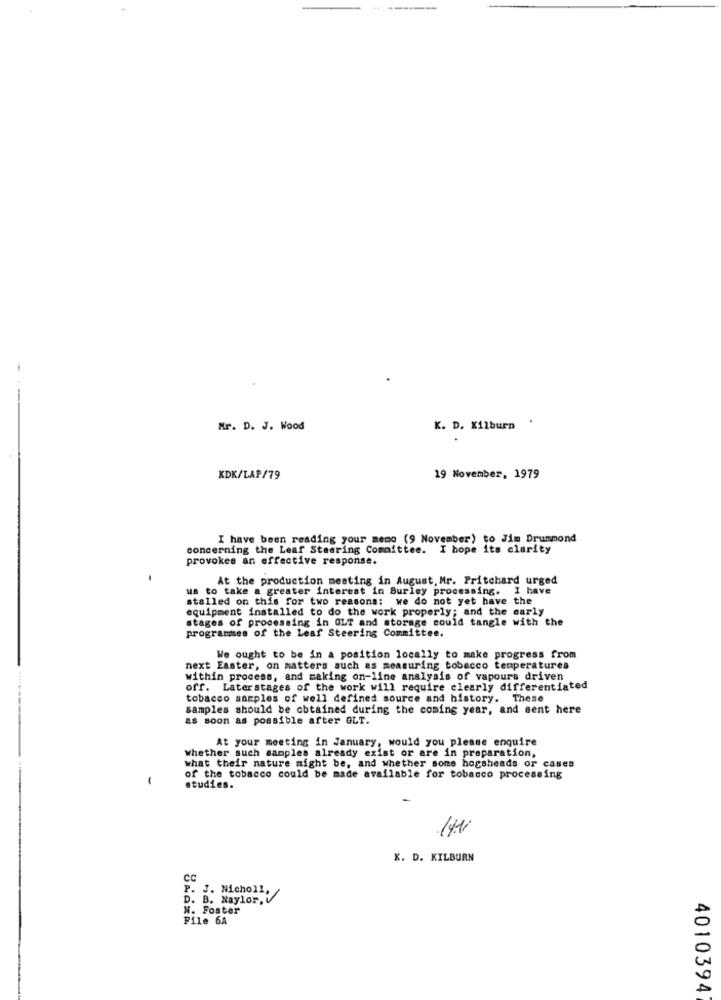
Mr. D. J. Wood
K. D. Kilburn
KDK/LAP/79
19 November, 1979
I have been reading your memo (9 November) to Jim Drummond
concerning the Leaf Steering Committee. I hope its clarity
provokes an effective response.
At the production meeting in August, Mr. Pritchard urged
us to take a greater interest in Burley processing. I have
stalled on this for two reasons: we do not yet have the
equipment installed to do the work properly; and the early
stages of processing in OLT and storage could tangle with the
programmes of the Leaf Steering Committee.
We ought to be in a position locally to make progress from
next Easter, on matters such as measuring tobacco temperatures
.....
within process, and making on-line analysis of vapours driven
off. Later stages of the work will require clearly differentiated
tobacco samples of well defined source and history. These
samples should be obtained during the coming year, and sent here
as soon as possible after GLT.
At your meeting in January, would you please enquire
whether such samples already exist or are in preparation,
what their nature might be, and whether some hogsheads or cases
of the tobacco could be made available for tobacco processing
studies.
14.1
K. D. KILBURN
CC
. J. Nicholl,
D. B. Naylor.
N. Foster
File 6A
4010394